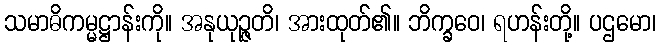
သမာဓိကမ္မဋ္ဌာန်းကို။ အနုယုဉ္ဇတိ၊ အားထုတ်၏။ ဘိက္ခဝေ၊ ရဟန်းတို့။ ပဌမော၊